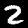
Digit: 2